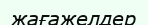
жағажелдер